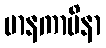
မာနကာမိနာ